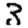
Digit: 3